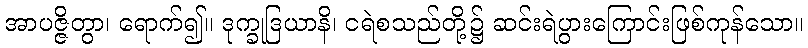
အာပဇ္ဇိတွာ၊ ရောက်၍။ ဒုက္ခုဒြယာနိ၊ ငရဲစသည်တို့၌ ဆင်းရဲပွားကြောင်းဖြစ်ကုန်သော။